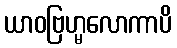
ယာဝဗြဟ္မလောကာပိ